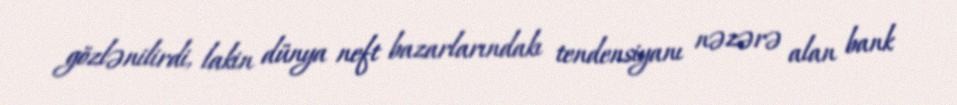
gözlənilirdi, lakin dünya neft bazarlarındakı tendensiyanı nəzərə alan bank